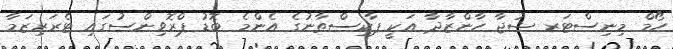
ހޯމް މިނިސްޓަރ ޝުޖާ ހާންޒާދާ އަކީ ޕާކިސްތާނުގެ އެންމެ ބޮޑު ޕްރޮވިންސުގައި ޓެރަރިޒަމާ